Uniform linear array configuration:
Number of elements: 24
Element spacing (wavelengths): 0.5
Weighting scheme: blackman
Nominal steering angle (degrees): -45
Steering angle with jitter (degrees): -43.557
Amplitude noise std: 0.05
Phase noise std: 0.05

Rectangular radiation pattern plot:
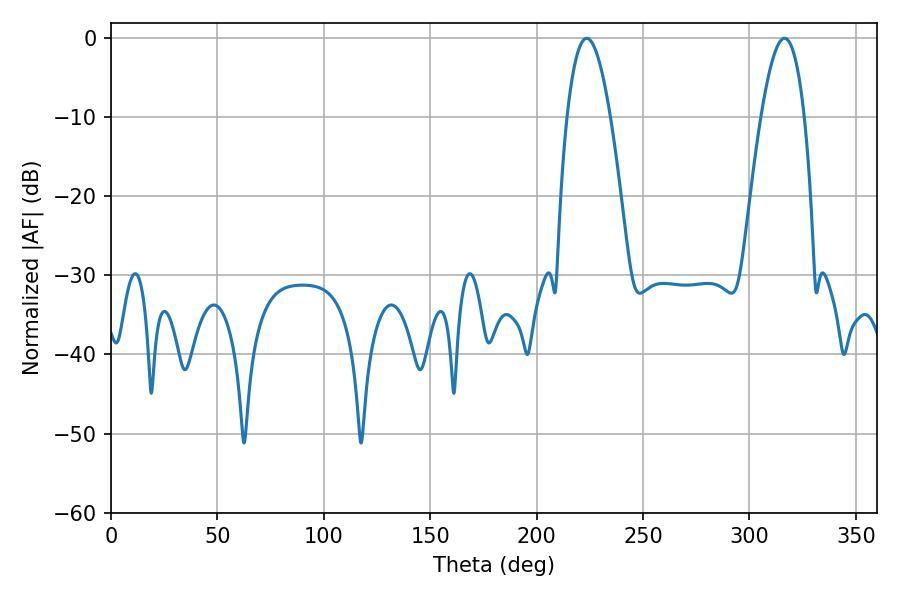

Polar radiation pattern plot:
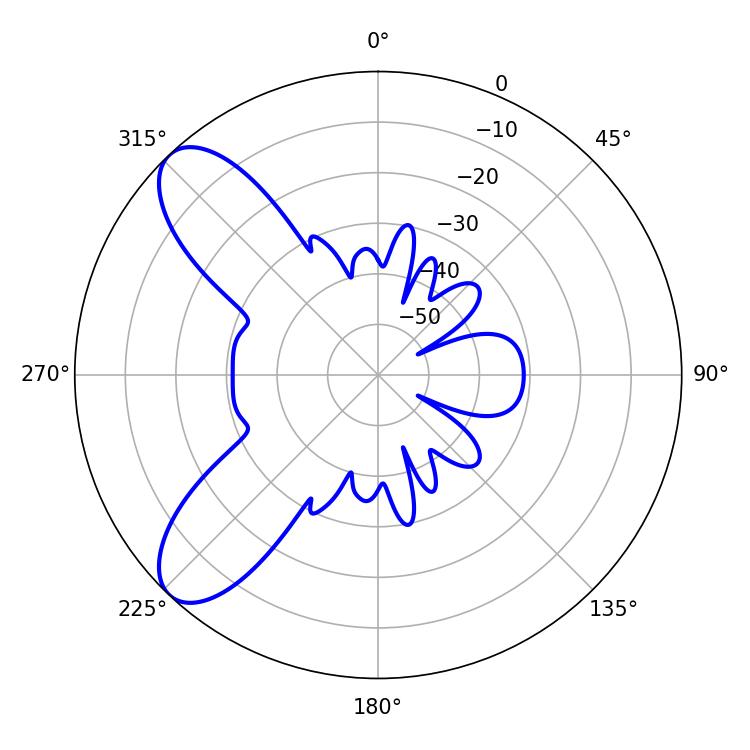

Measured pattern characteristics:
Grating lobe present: FALSE
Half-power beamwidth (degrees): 11.16
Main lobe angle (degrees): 223.56